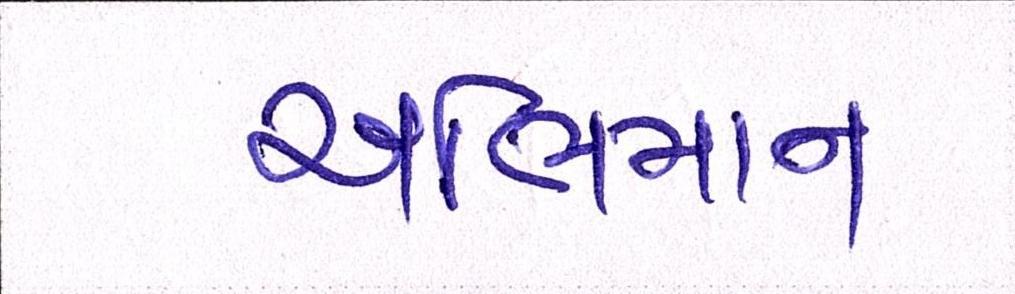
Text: અભિમાન